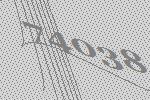
74038